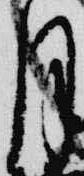
月